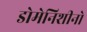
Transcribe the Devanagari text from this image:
डोमेनिशीनो